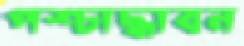
পশ্চাদ্ধাবন